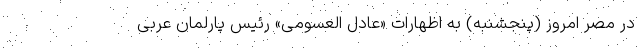
در مصر امروز (پنجشنبه) به اظهارات «عادل العسومی» رئیس پارلمان عربی